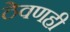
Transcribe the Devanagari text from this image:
ठेवणही